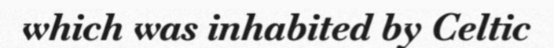
which was inhabited by Celtic